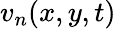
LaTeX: v_{n}(x,y,t)